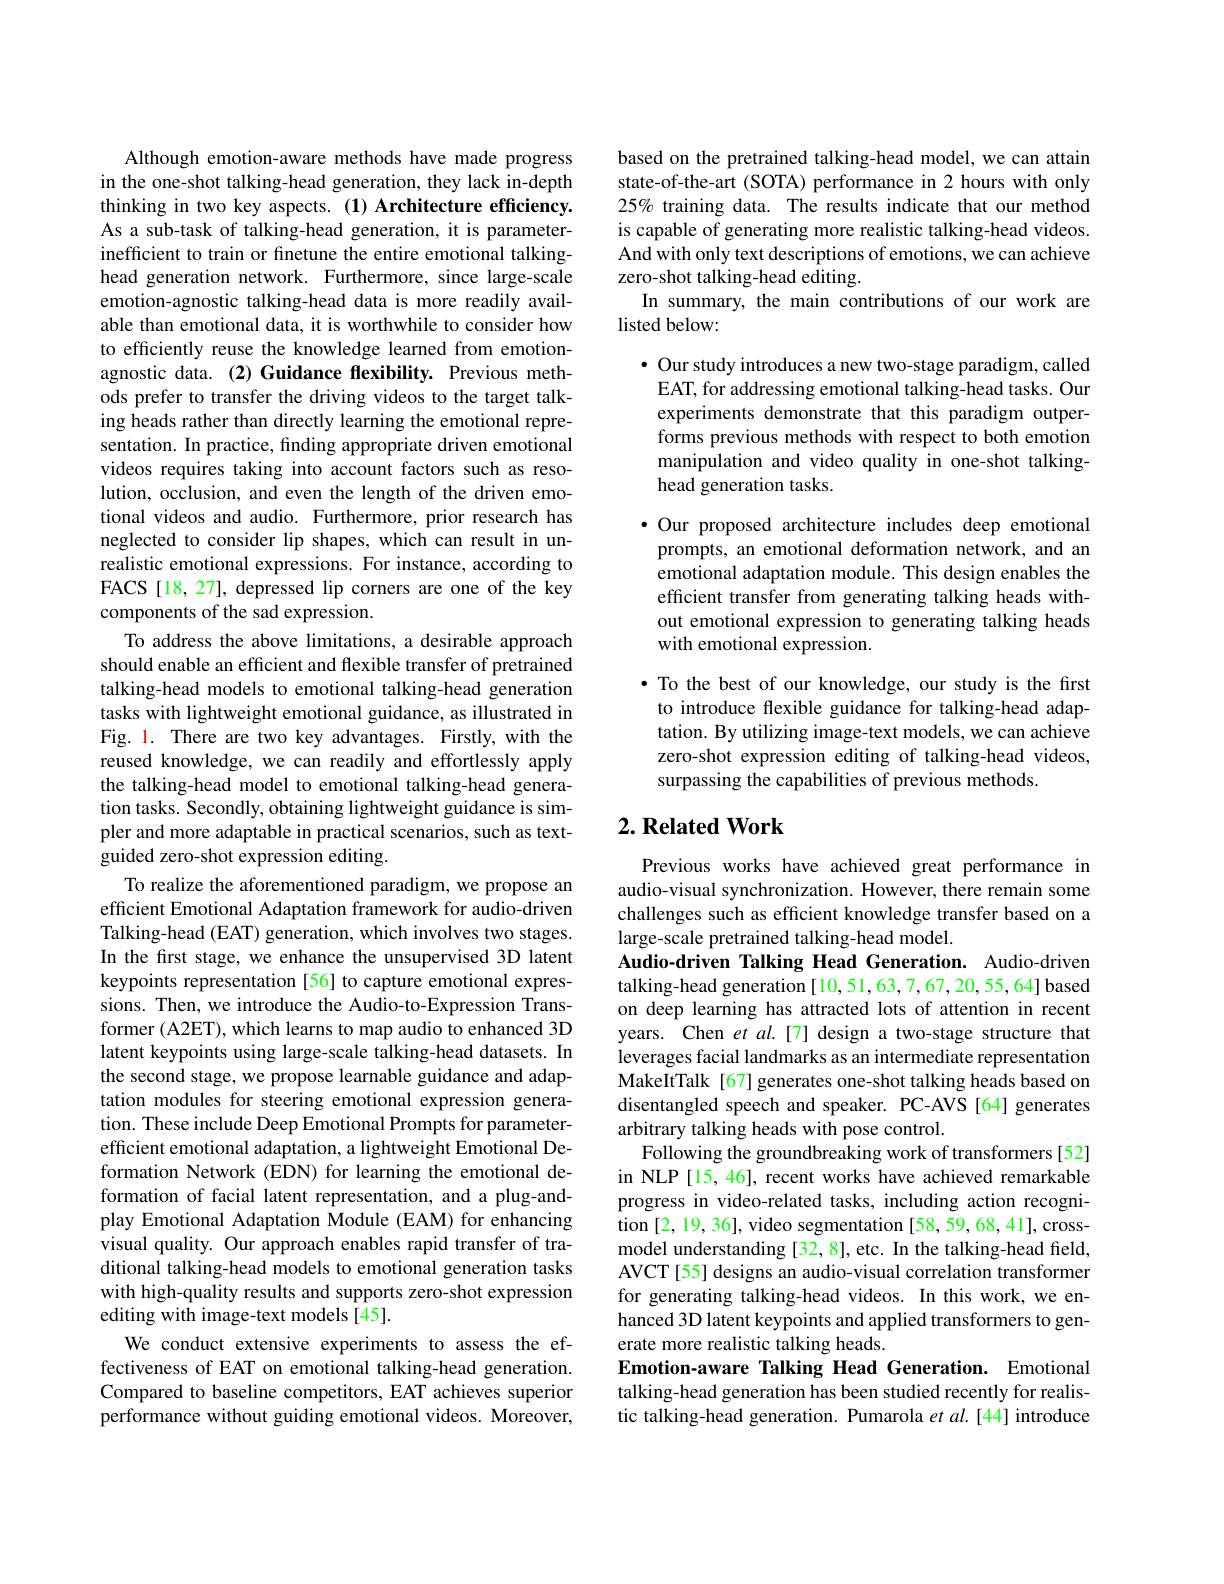
Although emotion-aware methods have made progress in the one-shot talking-head generation, they lack in-depth thinking in two key aspects. (1) Architecture efficiency. As a sub-task of talking-head generation, it is parameterinefficient to train or finetune the entire emotional talkinghead generation network. Furthermore, since large-scale emotion-agnostic talking-head data is more readily available than emotional data, it is worthwhile to consider how to efficiently reuse the knowledge learned from emotionagnostic data. (2) Guidance flexibility. Previous methods prefer to transfer the driving videos to the target talking heads rather than directly learning the emotional representation. In practice, finding appropriate driven emotional videos requires taking into account factors such as resolution, occlusion, and even the length of the driven emotional videos and audio. Furthermore, prior research has neglected to consider lip shapes, which can result in un realistic emotional expressions. For instance, according to FACS[18,27], depressed lip corners are one of the key components of the sad expression.
To address the above limitations, a desirable approach should enable an efficient and flexible transfer of pretrained talking-head models to emotional talking-head generation tasks with lightweight emotional guidance, as illustrated in Fig. 1. There are two key advantages. Firstly, with the reused knowledge, we can readily and effortlessly apply the talking-head model to emotional talking-head generation tasks. Secondly, obtaining lightweight guidance is simpler and more adaptable in practical scenarios, such as textguided zero-shot expression editing.
To realize the aforementioned paradigm, we propose an efficient Emotional Adaptation framework for audio-driven Talking-head (EAT) generation, which involves two stages. In the first stage, we enhance the unsupervised 3D latent keypoints representation [56] to capture emotional expressions. Then, we introduce the Audio-to-Expression Transformer (A2ET), which learns to map audio to enhanced 3D latent keypoints using large-scale talking-head datasets. In the second stage, we propose learnable guidance and adaptation modules for steering emotional expression generation. These include Deep Emotional Prompts for parameterefficient emotional adaptation, a lightweight Emotional Deformation Network (EDN) for learning the emotional deformation of facial latent representation, and a plug-andplay Emotional Adaptation Module (EAM) for enhancing visual quality. Our approach enables rapid transfer of traditional talking-head models to emotional generation tasks with high-quality results and supports zero-shot expression editing with image-text models[45].
We conduct extensive experiments to assess the effectiveness of EAT on emotional talking-head generation. Compared to baseline competitors, EAT achieves superior performance without guiding emotional videos. Moreover,

based on the pretrained talking-head model, we can attain state-of-the-art (SOTA) performance in 2 hours with only 25% training data. The results indicate that our method is capable of generating more realistic talking-head videos. And with only text descriptions of emotions, we can achieve zero-shot talking-head editing.
In summary, the main contributions of our work are
listed below:

· Our study introduces a new two-stage paradigm, called EAT, for addressing emotional talking-head tasks. Our experiments demonstrate that this paradigm outperforms previous methods with respect to both emotion manipulation and video quality in one-shot talkinghead generation tasks.

·Our proposed architecture includes deep emotional prompts, an emotional deformation network, and an emotional adaptation module. This design enables the efficient transfer from generating talking heads without emotional expression to generating talking heads with emotional expression.

·To the best of our knowledge, our study is the first to introduce flexible guidance for talking-head adaptation. By utilizing image-text models, we can achieve zero-shot expression editing of talking-head videos, surpassing the capabilities of previous methods.

## $2. \textbf{Related Work}$

Previous works have achieved great performance in audio-visual synchronization. However, there remain some challenges such as efficient knowledge transfer based on a large-scale pretrained talking-head model.
Audio-driven Talking Head Generation. Audio-driven talking-head generation [10,51,63,7,67,20,55,64] based on deep learning has attracted lots of attention in recent years. Chen et al.[7] design a two-stage structure that leverages facial landmarks as an intermediate representation MakeItTalk [67] generates one-shot talking heads based on disentangled speech and speaker. PC-AVS [64] generates arbitrary talking heads with pose control.
Following the groundbreaking work of transformers[52] in NLP [15, 46], recent works have achieved remarkable progress in video-related tasks, including action recognition [2, 19, 36], video segmentation [58, 59, 68, 41], crossmodel understanding [32,8], etc. In the talking-head field, AVCT [55] designs an audio-visual correlation transformer for generating talking-head videos. In this work, we enhanced 3D latent keypoints and applied transformers to generate more realistic talking heads.
Emotion-aware Talking Head Generation. Emotional talking-head generation has been studied recently for realistic talking-head generation. Pumarola $etal.[44]$ introduce